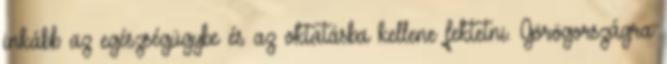
inkább az egészségügybe és az oktatásba kellene fektetni. Görögországra